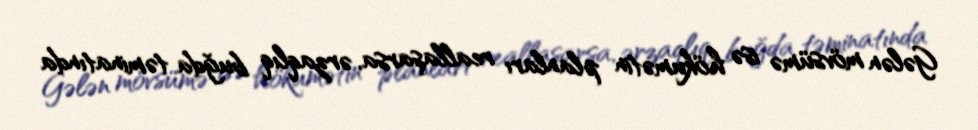
Gələn mövsümə isə hökumətin planları reallaşarsa, ərzaqlıq buğda təminatında